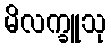
မိလက္ခူသု